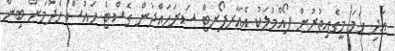
އަދި ހަމަ މީގެއިތުރުން ފޯއްމުލަކު އެއާރޕޯރޓް ސަރަހައްދުން ގެސްޓް ހައުސް ހެދުމަށް ބިން